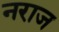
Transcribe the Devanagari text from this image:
नराज